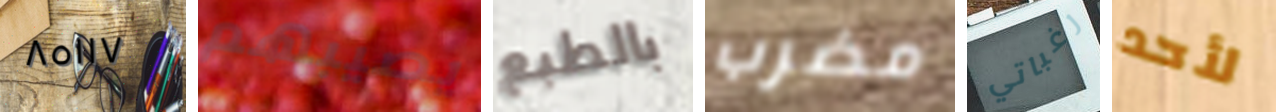
٨٥١١٧ يصيبهم بالطبع مضرب رغباتي لأحد